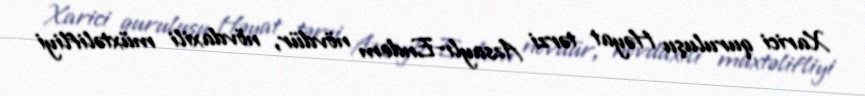
Xarici quruluşu Həyat tərzi Azsaylı-Endem növdür, növdaxili müxtəlifliyi